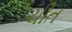
ચીત